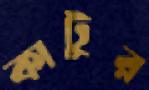
কাটুর